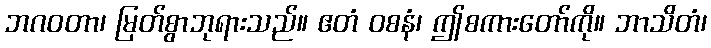
ဘဂဝတာ၊ မြတ်စွာဘုရားသည်။ ဧတံ ဝစနံ၊ ဤစကားတော်ကို။ ဘာသိတံ၊